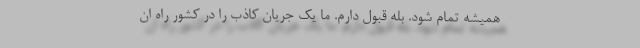
همیشه تمام شود. بله قبول دارم. ما یک جریان کاذب را در کشور راه ان